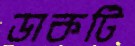
ডাকটি